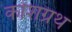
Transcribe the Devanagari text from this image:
कोशग्रथ